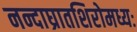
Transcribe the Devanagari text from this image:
नन्दाघ्रातशिरोमध्यः